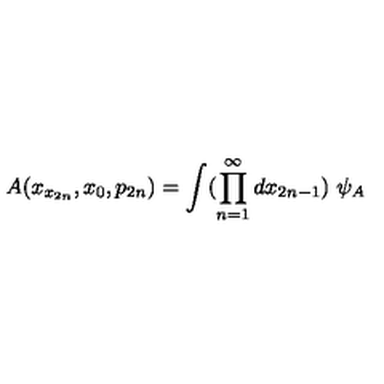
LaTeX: A ( x _ { x _ { 2 n } } , x _ { 0 } , p _ { 2 n } ) = \int ( \prod _ { n = 1 } ^ { \infty } d x _ { 2 n - 1 } ) \ \psi _ { A }